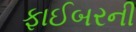
ફાઈબરની